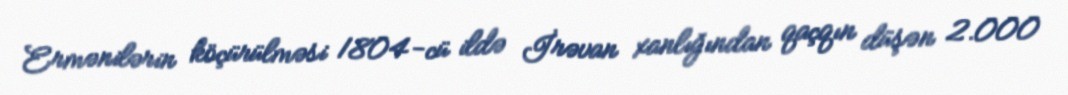
Ermənilərin köçürülməsi 1804-cü ildə İrəvan xanlığından qaçqın düşən 2.000